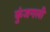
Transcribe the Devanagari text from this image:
कुंजगली